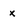
Character: x